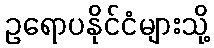
ဥရောပနိုင်ငံများသို့